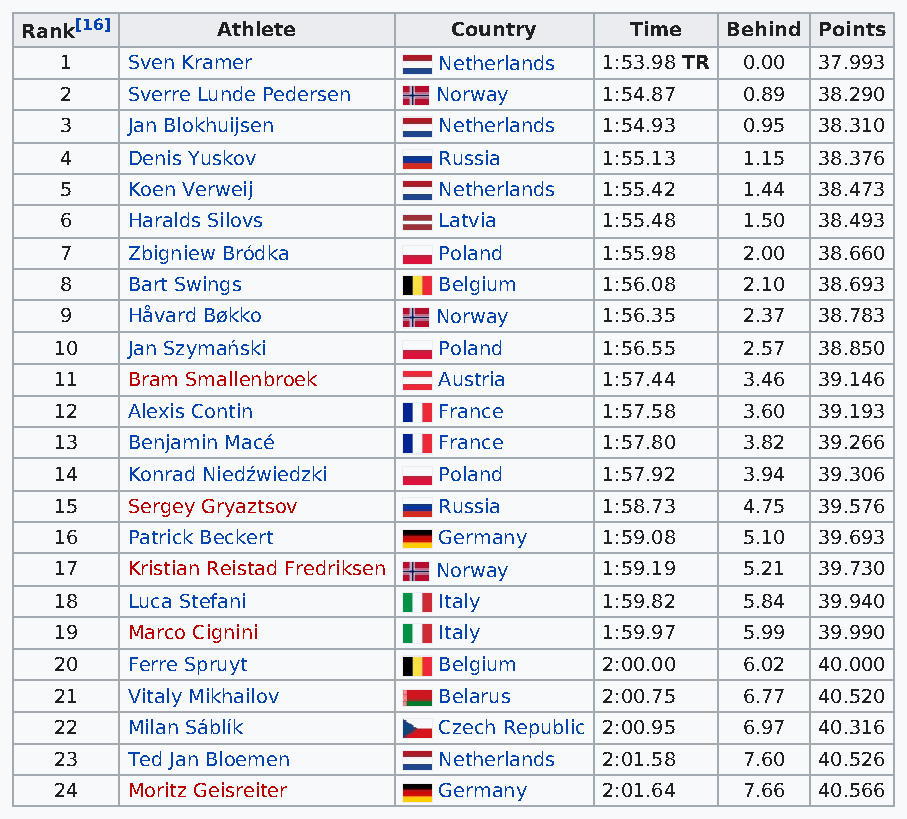
Rank[16]     Athlete         Country     Time  Behind Points
 1   Sven Kramer          Netherlands 1:53.98 TR 0.00 37.993
 2   Sverre Lunde Pedersen Norway    1:54.87  0.89 38.290
 3   Jan Blokhuijsen      Netherlands 1:54.93 0.95 38.310
 4   Denis Yuskov         Russia     1:55.13  1.15 38.376
 5   Koen Verweij         Netherlands 1:55.42 1.44 38.473
 6   Haralds Silovs       Latvia     1:55.48  1.50 38.493
 7   Zbigniew Bródka      Poland     1:55.98  2.00 38.660
 8   Bart Swings          Belgium    1:56.08  2.10 38.693
 9   Håvard Bøkko         Norway     1:56.35  2.37 38.783
 10  Jan Szymański        Poland     1:56.55  2.57 38.850
 11  Bram Smallenbroek    Austria    1:57.44  3.46 39.146
 12  Alexis Contin        France     1:57.58  3.60 39.193
 13  Benjamin Macé        France     1:57.80  3.82 39.266
 14  Konrad Niedźwiedzki  Poland     1:57.92  3.94 39.306
 15  Sergey Gryaztsov     Russia     1:58.73  4.75 39.576
 16  Patrick Beckert      Germany    1:59.08  5.10 39.693
 17  Kristian Reistad Fredriksen Norway 1:59.19 5.21 39.730
 18  Luca Stefani         Italy      1:59.82  5.84 39.940
 19  Marco Cignini        Italy      1:59.97  5.99 39.990
 20  Ferre Spruyt         Belgium    2:00.00  6.02 40.000
 21  Vitaly Mikhailov     Belarus    2:00.75  6.77 40.520
 22  Milan Sáblík         Czech Republic 2:00.95 6.97 40.316
 23  Ted Jan Bloemen      Netherlands 2:01.58 7.60 40.526
 24  Moritz Geisreiter    Germany    2:01.64  7.66 40.566